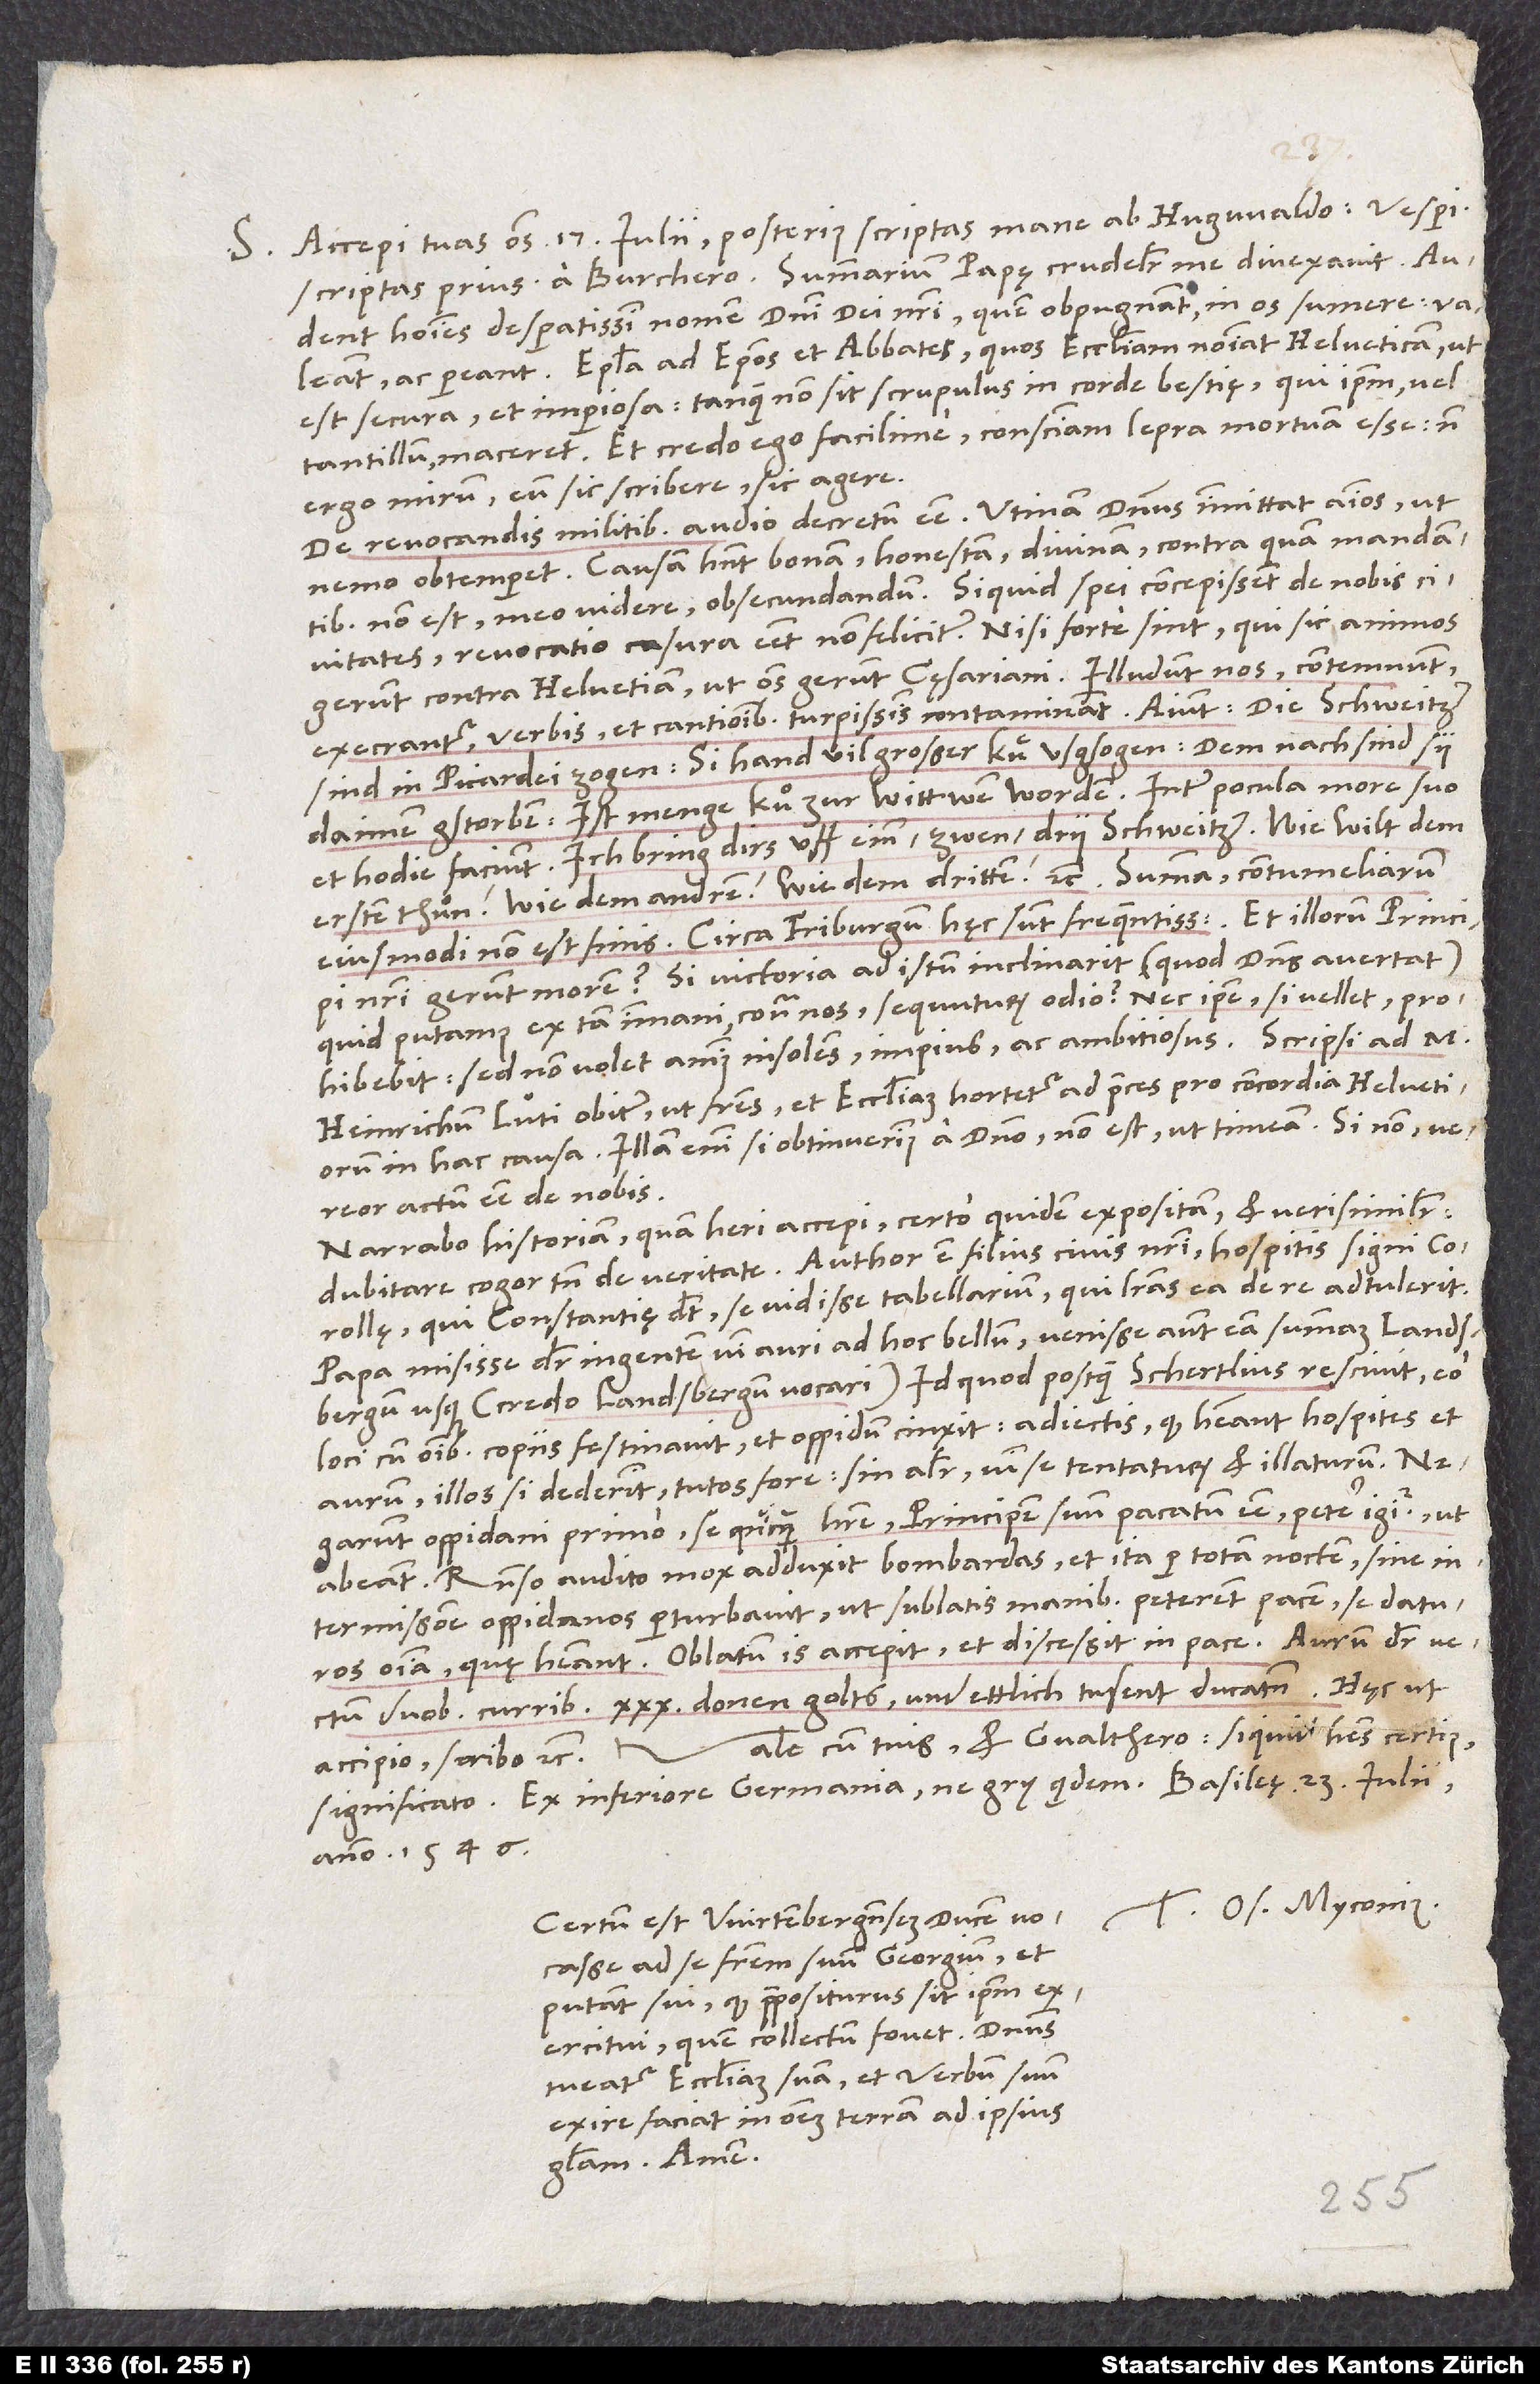
S. Accepi tuas omnes 17. iulii, posterius scriptas mane ab Hugwaldo, vesperi
scriptas prius a Burchero. Summarium papę crudeliter me divexavit. Audent
homines desperatissimi nomen domini, dei nostri, quem obpugnant, in os sumere. Valeant
ac pereant! Epistola ad episcopos et abbates, quos ecclesiam nominat Helveticam, ut
est secura et imperiosa (tanquam non sit scrupulus in corde bestię, qui ipsum vel
tantillum maceret, et credo ego facilime conscientiam lepra mortuam esse!) ,
ergo mirum eum sic scribere, sic agere.
De revocandis militibus audio decretum esse. Utinam dominus immittat animos, ut
nemo obtemperet! Causam habent bonam, honestam, divinam, contra quam mandantibus
non est, meo videre, obsecundandum. Si quid spei concepissent de nobis
civitates, revocatio casura esset non feliciter, nisi forte sint, qui sic animos
execrantur, verbis et cantionibus turpissimis contaminant. Aiunt: „Die Schweitzer
sind in Picardei zogen. Si hand vil großer kuͤusgsogen. Demnach sind sy
da imen gstorben. Ist menge kuͦ zur wittwen worden.“ Inter pocula more suo
et hodie faciunt: „Ich bring dirs uff einen, zwen, dry Schweitzer. Wie wilt dem
eiusmodi non est finis. Circa Friburgum hęc sunt frequentissima, et illorum principi
nostri gerunt morem! Si victoria ad istum inclinarit (quod dominus avertat),
quid putamus ex tam immani contra nos sequuturum odio? Nec ipse, si vellet, prohibebit
- sed non volet animus insolens, impius ac ambitiosus. Scripsi ad M.
Heinrichum Lüti obiter, ut fratres et ecclesiam hortetur ad preces pro concordia Helvetiorum
in hac causa. Illam enim si obtinuerimus a domino, non est, ut timeam. Si non, vereor
actum esse de nobis.
Narrabo historiam, quam heri accepi, certo quidem expositam et verisimiliter.
Dubitare cogor tamen de veritate. Author est filius civis nostris, hospitis signi
Corollę, qui Constantię dicit se vidisse tabellarium, qui literas ea de re adtulerit.
Papa misisse dicitur ingentem vim auri ad hoc bellum. Venisse autem eam summam Landsbergum
usque (credo Landsbergum vocari). Id quod, postquam Schertlius rescivit, eo
loci cum omnibus copiis festinavit et oppidum cinxit adiectis, quod habeant hospites et
Illos si dederint, tutos fore; sin aliter, vim se tentaturum et illaturum.
Negarunt oppidani primo se quicquam habere; principem suum pacatum esse; petere igitur, ut
abeant. Responso audito mox adduxit bombardas et ita per totam noctem sine
intermissione oppidanos perturbavit, ut sublatis manibus peterent pacem, se daturos
omnia, quae habeant. Oblatum is accepit et discessit in pace. Aurum dicitur vectum
duobus curribus: 30 donen golts und ettlich tusent ducaten. Hęc, ut
Vale cum tuis et Gvalthero. Si quid habes certius,
accipio, scribo, etc.
significato. Ex Inferiore Germania ne gry quidem. Basilieę, 23. iulii
anno 1546.
Tuus Os. Myconius.
Certum est Wirtenbergensem ducem vocasse
ad se fratrem suum Georgium. Et
putant sui, quod praepositurus sit ipsum
exercitui, quem collectum fovet. Dominus
tueatur ecclesiam suam et verbum suum
exire faciat in omnem terram ad ipsius
gloriam! Amen.